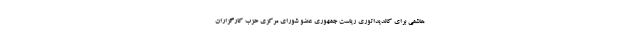
هاشمی برای کاندیداتوری ریاست‌ جمهوری عضو شورای مرکزی حزب کارگزاران